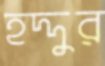
হদ্দুর